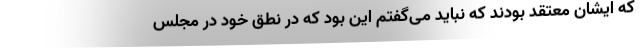
که ایشان معتقد بودند که نباید می‌گفتم این بود که در نطق خود در مجلس